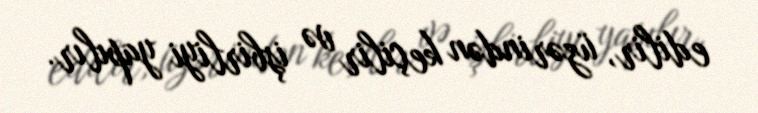
edilir, üzərindən keçilir və işbirliyi yapılır.